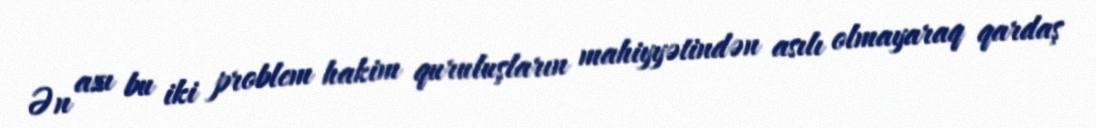
Ən azı bu iki problem hakim quruluşların mahiyyətindən asılı olmayaraq qardaş